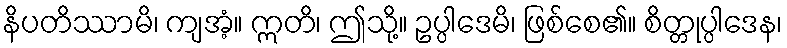
နိပတိဿာမိ၊ ကျအံ့။ ဣတိ၊ ဤသို့။ ဥပ္ပါဒေမိ၊ ဖြစ်စေ၏။ စိတ္တုပ္ပါဒေန၊